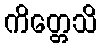
ကိတ္တေသိ